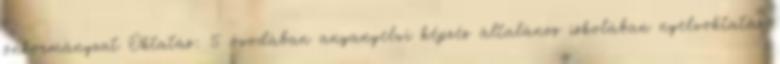
önkormányzat Oktatás: 5 óvodában anyanyelvi képzés általános iskolában nyelvoktatás